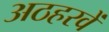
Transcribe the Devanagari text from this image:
अठहरवें